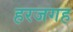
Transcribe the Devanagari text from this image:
हरजगह